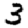
Digit: 3